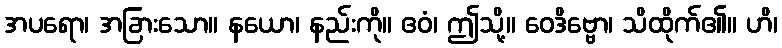
အပရော၊ အခြားသော။ နယော၊ နည်းကို။ ဧဝံ၊ ဤသို့။ ဝေဒိဗ္ဗော၊ သိထိုက်၏။ ဟိ၊